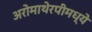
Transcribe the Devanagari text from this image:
अरोमाथेरपीमध्ये